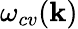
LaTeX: \omega_{cv}({\mathbf k})